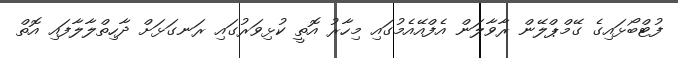
ފުޓްބޯޅައިގެ ގޭމްޕްލޭން ރާވާލަން އެފްއޭއެމުގައި މިހާރު އޮތީ ކުޅިވަރުގައި ރަނގަޅަށް ދާހިތްލާލާފައި އޮތް